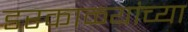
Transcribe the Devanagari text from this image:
डरकाळ्यांच्या